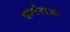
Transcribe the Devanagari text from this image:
कर्मराजा